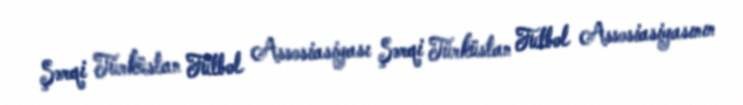
Şərqi Türküstan Futbol Assosiasiyası Şərqi Türküstan Futbol Assosiasiyasının